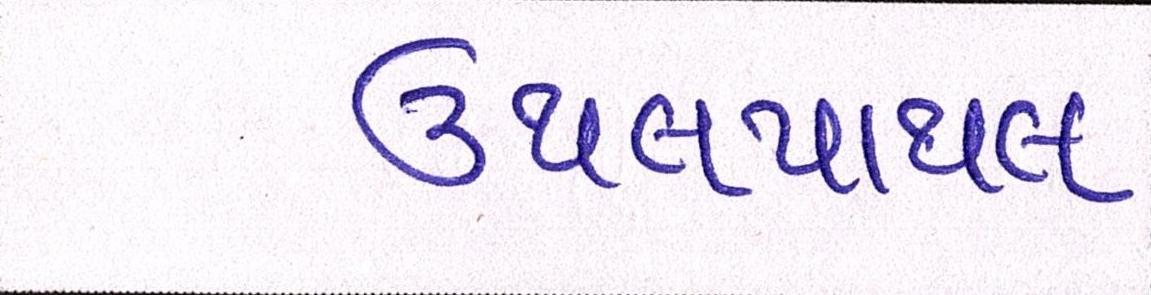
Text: ઉથલપાથલ